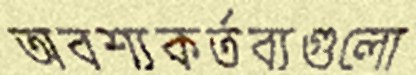
অবশ্যকর্তব্যগুলো